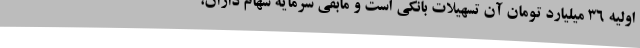
اولیه 36 میلیارد تومان آن تسهیلات بانکی است و مابقی سرمایه سهام داران،